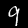
Label: 9